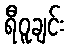
ရီဝူချင်း